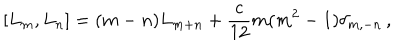
[ L _ { m } , L _ { n } ] = ( m - n ) L _ { m + n } + { \frac { c } { 1 2 } } m ( m ^ { 2 } - 1 ) \delta _ { m , - n } \, ,